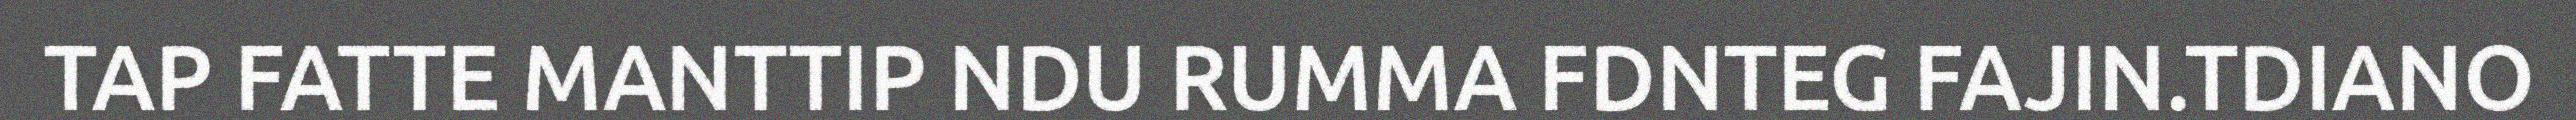
TAP FATTE MANTTIP NDU RUMMA FDNTEG FAJIN.TDIANO